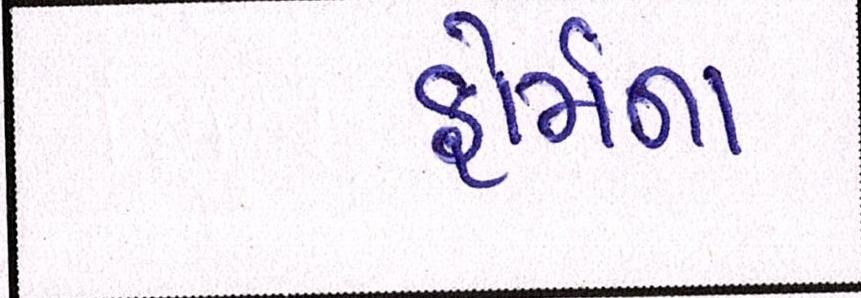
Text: ફોર્મના